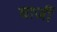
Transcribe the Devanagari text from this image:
वार्जी